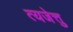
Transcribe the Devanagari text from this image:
त्यजेत्तु